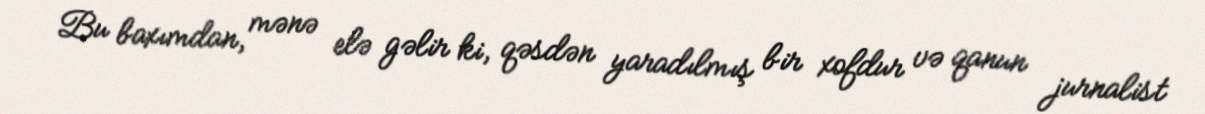
Bu baxımdan, mənə elə gəlir ki, qəsdən yaradılmış bir xofdur və qanun jurnalist